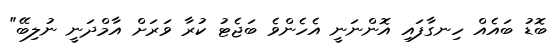
ބޮޑު ބައެއް ހިނގާފައި އޮންނަނީ އެހެންވެ ބަޖެޓު ކުރާ ވަރަށް އާމްދަނީ ނުލިބޭ"